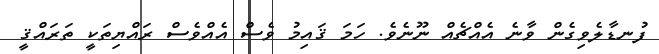
ފުނޑާލެވިގެން ވާނެ އެއްޗެއް ނޫނެވެ. ހަމަ ޤައިމު ވެސް އެއްވެސް ރައްޔިތަކީ ތަރައްޤީ